Mental hospitals Bombay report 1929-33 - 1929-1933
Year: 1929
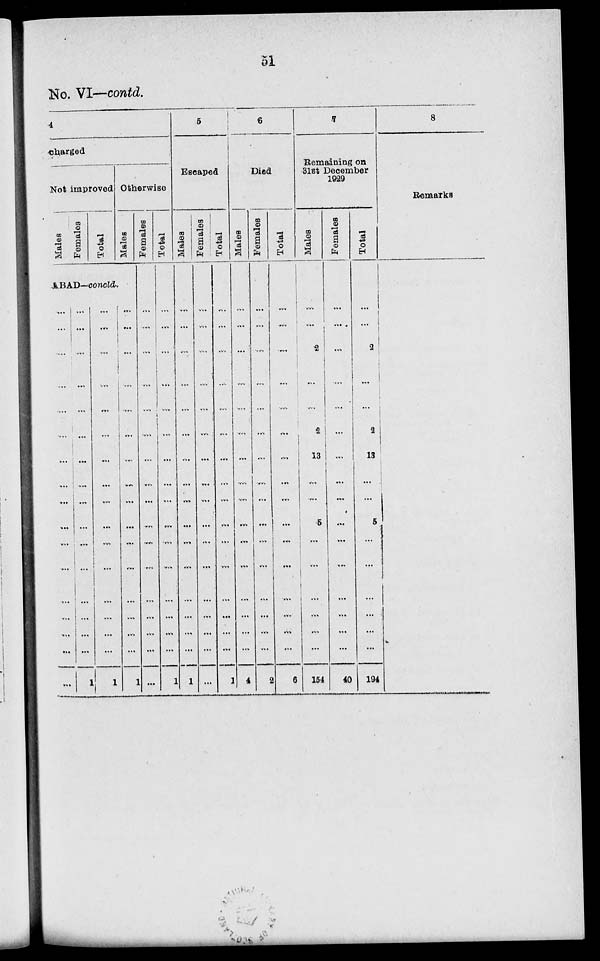
51
No. VI—contd.
4
charged
Not improved
Males
Females
Total
Otherwise
Males
ABAD—concld.
...
...
...
...
....
...
...
...
...
...
...
...
...
...
...
...
...
...
...
...
...
...
...
...
...
...
...
...
...
...
...
...
...
1
...
...
...
...
...
...
...
...
...
...
...
...
...
...
...
...
1
...
...
...
...
...
...
...
...
...
...
...
...
...
...
...
...
1
Females
...
...
...
...
...
...
...
...
...
...
...
...
...
...
...
...
...
Total
...
...
...
...
...
...
...
...
...
...
...
...
...
...
...
...
1
5
Escaped
Males
...
...
...
...
...
...
...
...
...
...
...
...
...
...
...
...
1
Females
...
...
...
...
...
...
...
...
...
...
...
...
...
...
...
...
...
Total
...
...
...
...
...
...
...
...
...
...
...
...
...
...
...
...
1
6
Died
Males
...
...
...
...
...
...
...
...
...
...
...
...
...
...
...
...
4
Females
...
...
.,.
...
...
...
...
...
...
...
...
...
...
...
...
...
2
Total
.....
...
...
...
...
...
...
...
...
...
...
...
...
...
...
...
6
7
Remaining on
31st December
1929
Males
...
...
2
...
...
2
13
...
...
5
...
...
...
...
...
...
154
Females
...
...
...
...
...
...
...
...
...
...
...
...
...
...
...
...
40
Total
...
...
2
...
...
2
13
...
...
5
...
...
...
...
...
...
194
8
Remarks